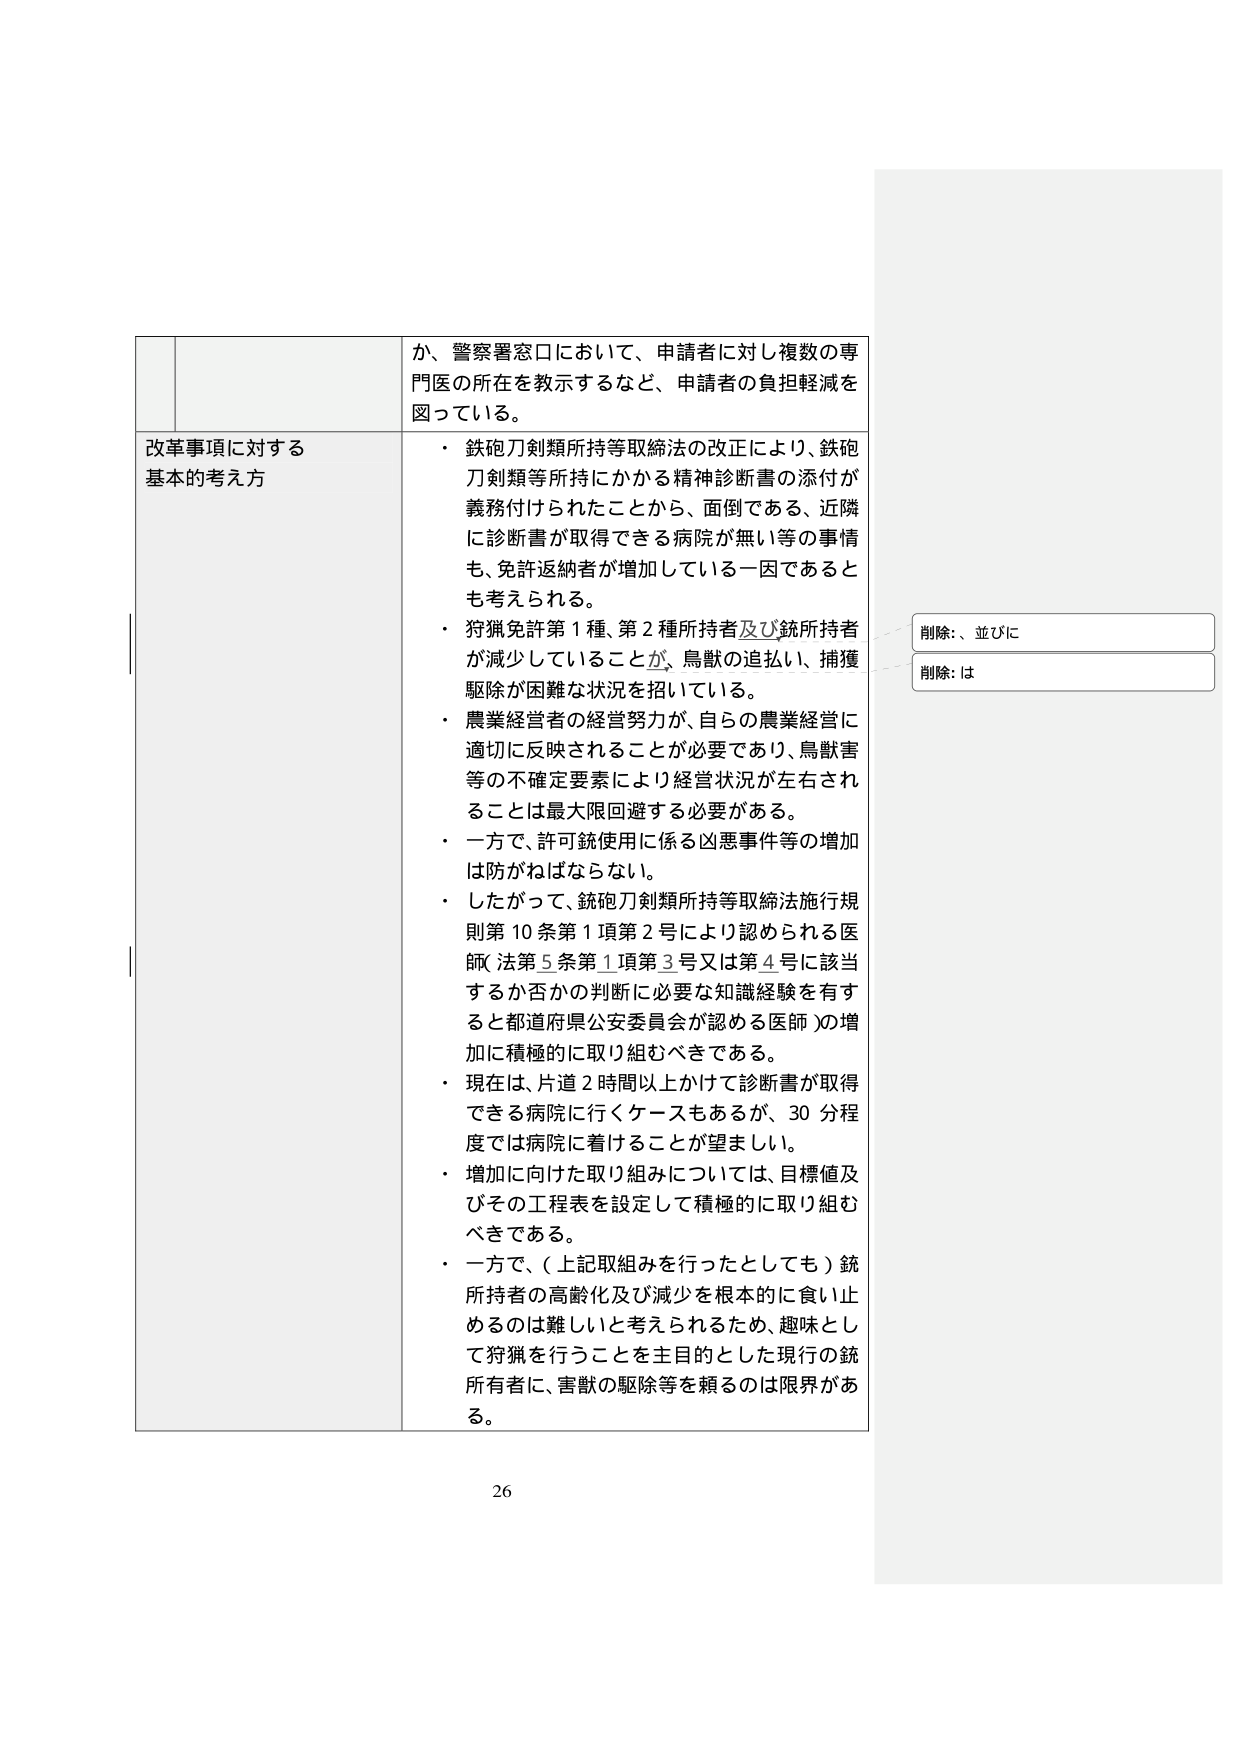
か、警察署窓口において、申請者に対し複数の専門医の所在を教示するなど、申請者の負担軽減を図っている。

改革事項に対する基本的考え方
・ 鉄砲刀剣類所持等取締法の改正により、鉄砲刀剣類等所持にかかる精神診断書の添付が義務付けられたことから、面倒である、近隣に診断書が取得できる病院が無い等の事情も、免許返納者が増加している一因であるとも考えられる。
・ 狩猟免許第１種、第２種所持者及び銃所持者が減少していることが、鳥獣の追払い、捕獲駆除が困難な状況を招いている。
・ 農業経営者の経営努力が、自らの農業経営に適切に反映されることが必要であり、鳥獣害等の不確定要素により経営状況が左右されることは最大限回避する必要がある。
・ 一方で、許可銃使用に係る凶悪事件等の増加は防がねばならない。
・ したがって、銃砲刀剣類所持等取締法施行規則第10条第1項第2号により認められる医師（法第5条第1項第3号又は第4号に該当するか否かの判断に必要な知識経験を有すると都道府県公安委員会が認める医師）の増加に積極的に取り組むべきである。
・ 現在は、片道2時間以上かけて診断書が取得できる病院に行くケースもあるが、30分程度では病院に着けることが望ましい。
・ 増加に向けた取り組みについては、目標値及びその工程表を設定して積極的に取り組むべきである。
・ 一方で、（上記取組みを行ったとしても）銃所持者の高齢化及び減少を根本的に食い止めるのは難しいと考えられるため、趣味として狩猟を行うことを主目的とした現行の銃所有者に、害獣の駆除等を頼るのは限界がある。

削除：、並びに
削除：は

26